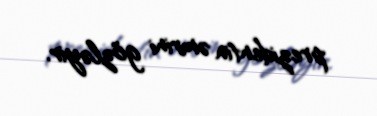
prezidentin əmrini gözləyir.